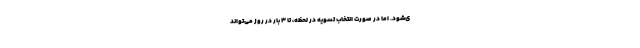
ی‌شود. اما در صورت انتخاب تسویه در لحظه، تا ۳ بار در روز می‌تواند